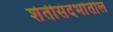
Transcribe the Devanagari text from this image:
शेतीसंदर्भातील